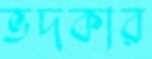
ভদকার